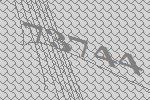
73744